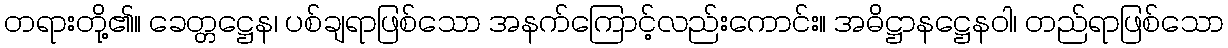
တရားတို့၏။ ခေတ္တဋ္ဌေန၊ ပစ်ချရာဖြစ်သော အနက်ကြောင့်လည်းကောင်း။ အဓိဋ္ဌာနဋ္ဌေနဝါ၊ တည်ရာဖြစ်သော